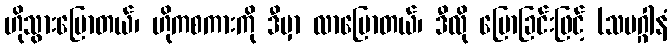
ဟိုသွားပြောတယ်၊ ဟိုကစကားကို ဒီမှာ လာပြောတယ်၊ ဒီလို ပြောခြင်းဖြင့် (သမဂ္ဂါနံ